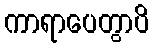
ကာရာပေတွာပိ